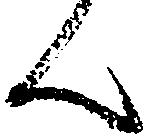
ん